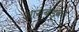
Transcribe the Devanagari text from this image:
आम्बेड्कर